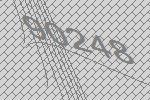
90248